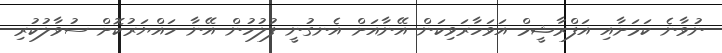
ނުވާނެ ކަމަށާއި އަފްރާޝީމް އަވަހާރަވިކަން އޭނާއަށް އެނގުނީ ފުލުހުން އޭނާ ހައްޔަރުކޮށް ސުވާލުކުރި